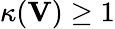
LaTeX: \kappa(\mathbf{V})\geq 1